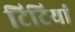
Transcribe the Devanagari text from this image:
टिटियां